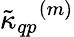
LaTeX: {\tilde{\kappa}_{qp}}^{(m)}